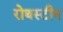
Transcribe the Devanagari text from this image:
रोथस्टीन